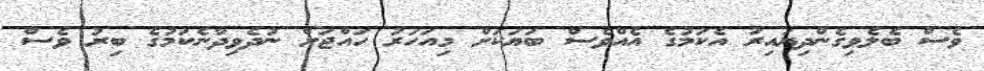
ވެސް ބެލެވިގެންދިޔައިރު އެކަމުގެ އެއްވެސް ބަޔަކަށް މިއަހަރު ހައްޖަށް ނުދެވިދާނެކަމުގެ ބިރު ވެސް